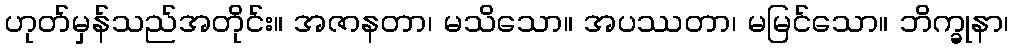
ဟုတ်မှန်သည်အတိုင်း။ အဇာနတာ၊ မသိသော။ အပဿတာ၊ မမြင်သော။ ဘိက္ခုနာ၊